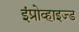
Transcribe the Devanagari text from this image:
इंप्रोव्हाइज्ड